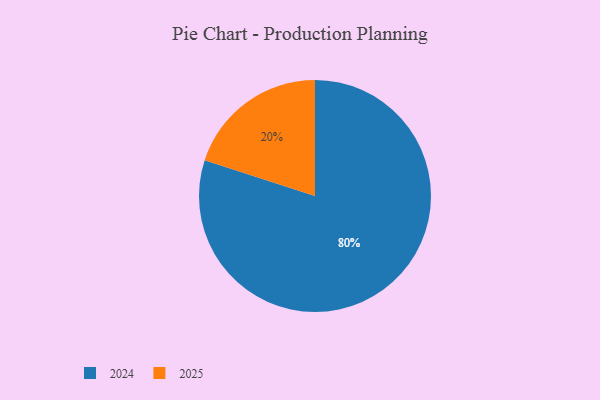
{"axis": {"x": "Category", "y": "Percentage"}, "legend": ["2024", "2025"], "data": [{"x": "2024", "y": 80, "type": "2024"}, {"x": "2025", "y": 20, "type": "2025"}]}